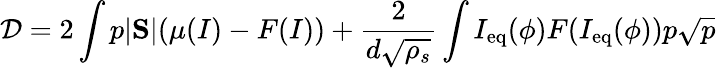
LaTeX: \mathcal D=2\int p|\mathrm{\mathbf S}|(\mu(I)-F(I))+\frac{2}{d\sqrt{\rho_{s}}}\int I_{\mathrm{eq}}(\phi)F(I_{\mathrm{eq}}(\phi))p\sqrt{p}